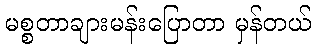
မစ္စတာချားမန်းပြောတာ မှန်တယ်